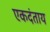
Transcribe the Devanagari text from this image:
एकदंताय